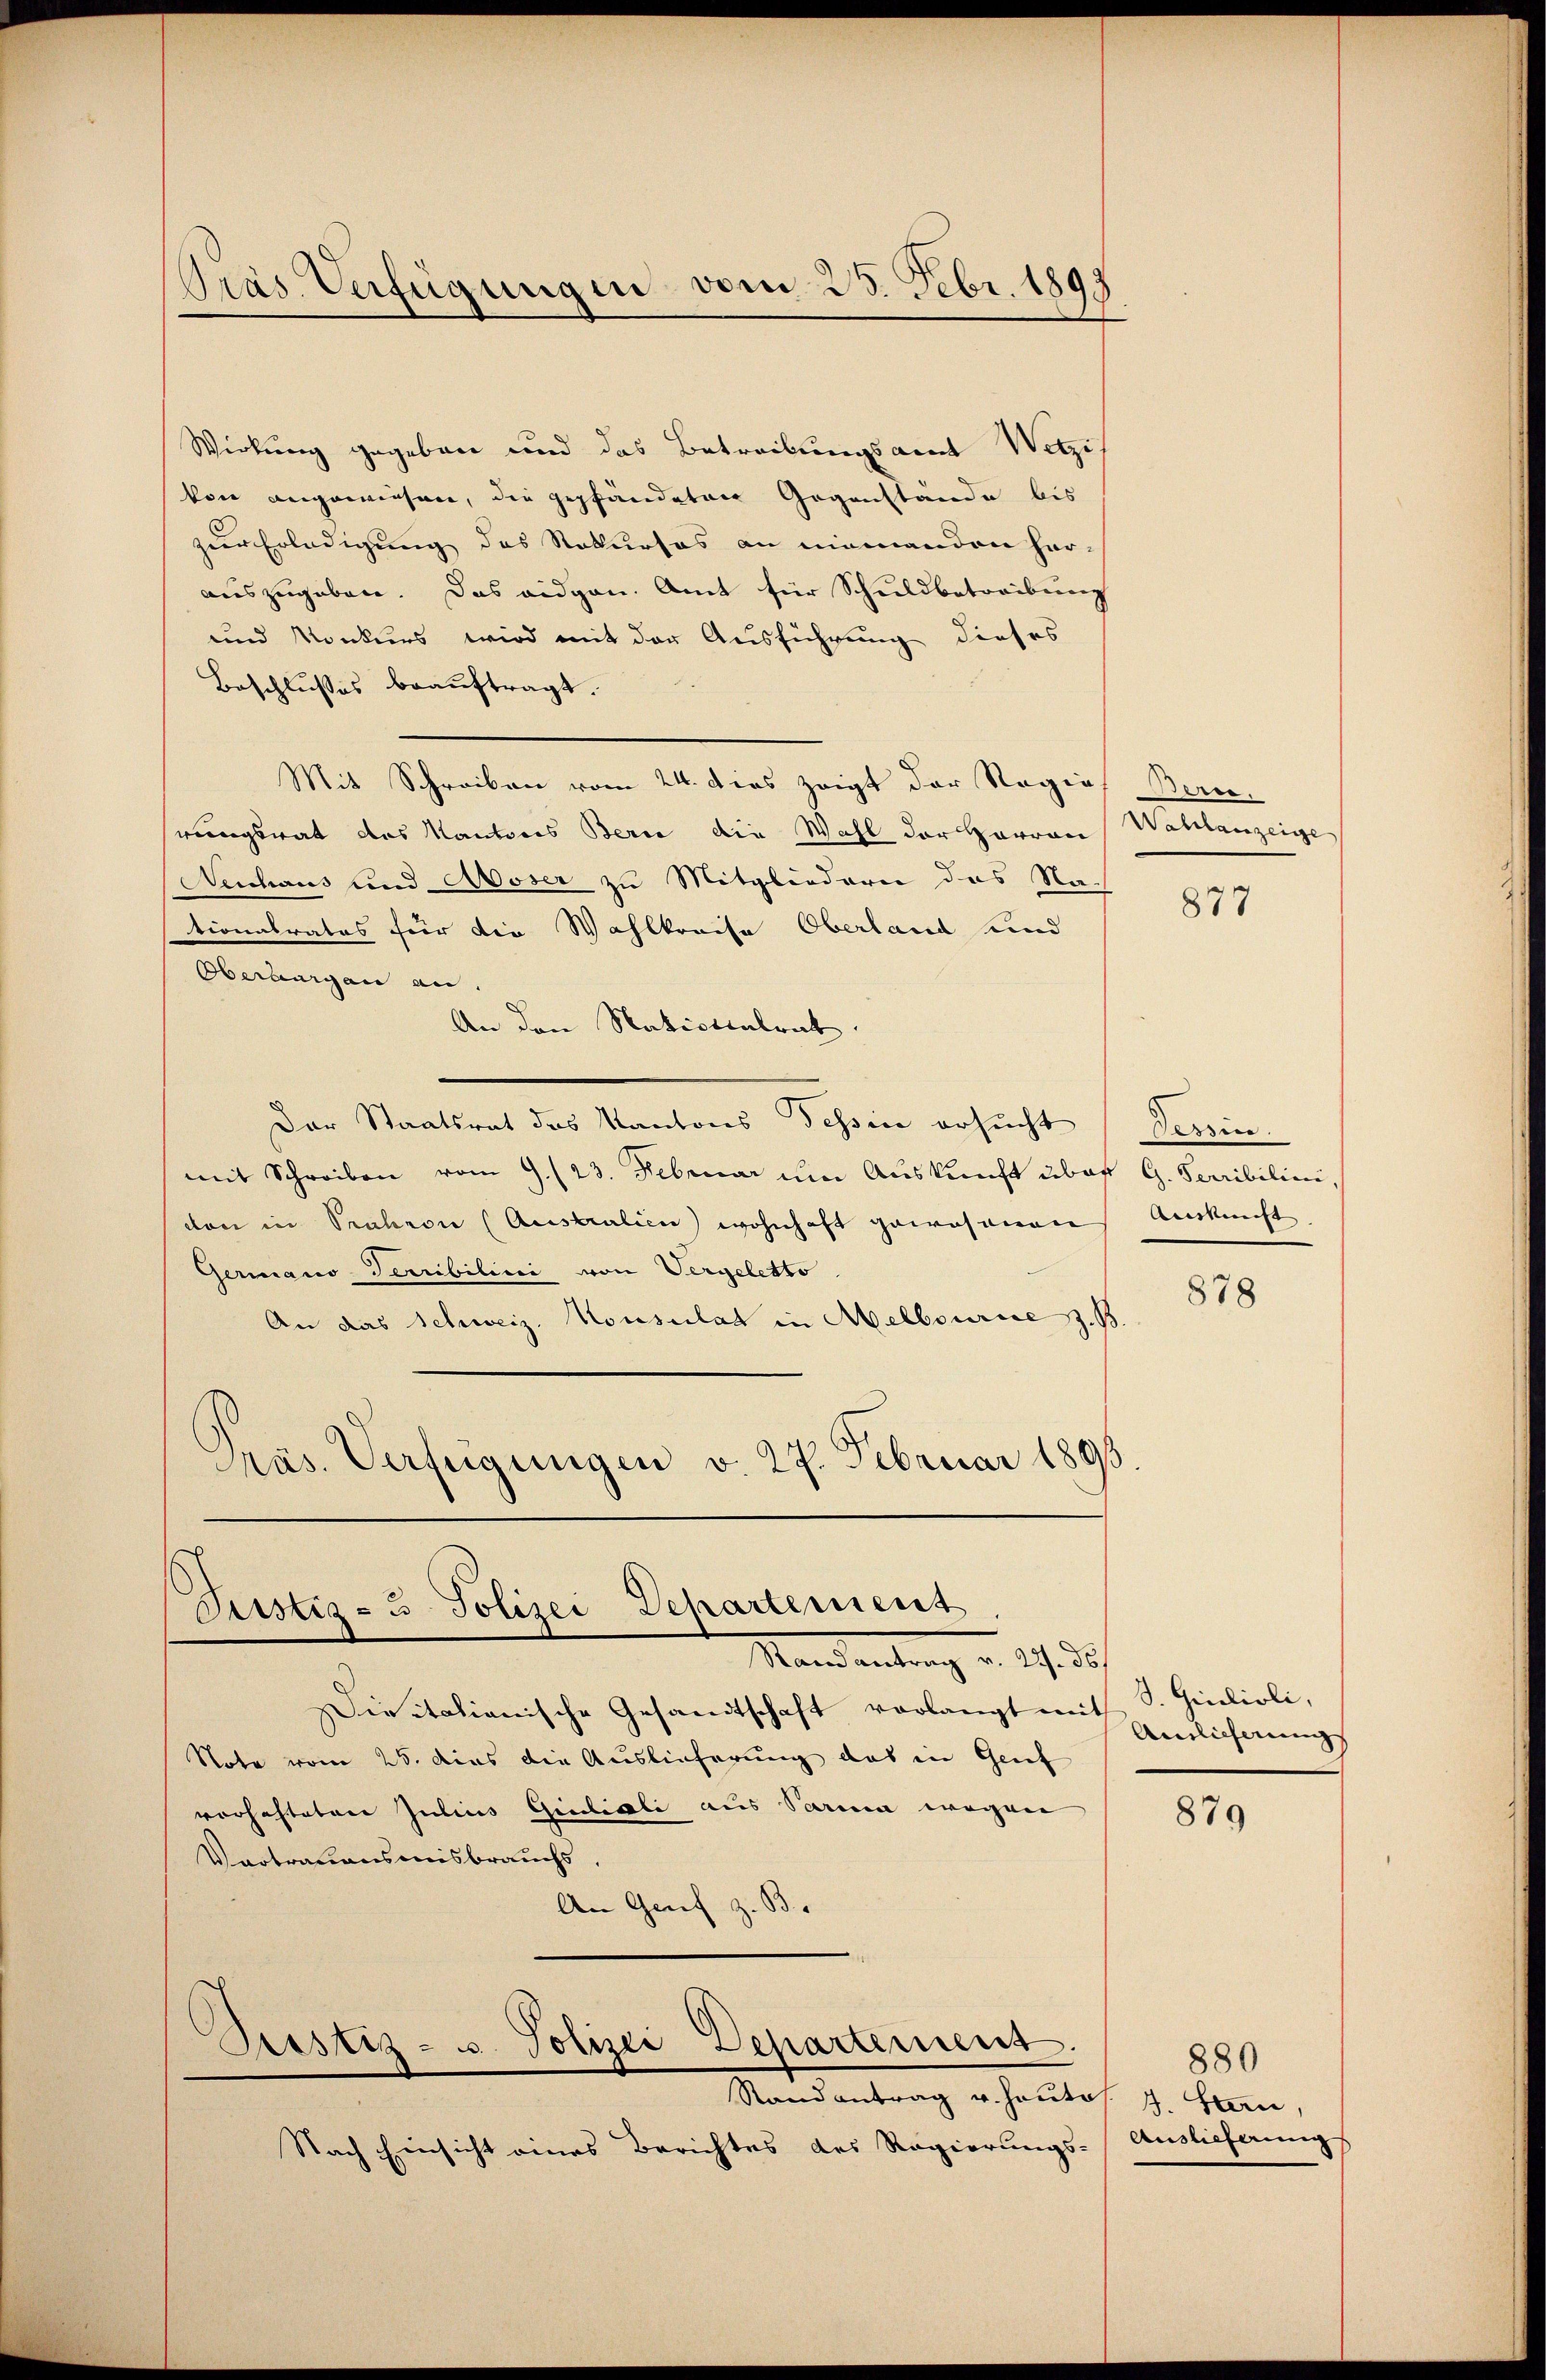
Präs. Verfügungen vom 25. Febr. 1893

Wirkung gegeben und das Betreibungsamt Wetzi
kon angewiesen, die gepfändeten Gegenstände bis
zur Erledigung des Rekurses an niemanden herauszugeben. Das eidgen. Amt für Schuldbetreibung
und Konkurs wird mit der Ausführung dieses
Beschlusses beauftragt.
Mit Schreiben vom 24. dies zeigt der Regies Bern.
rungsrat des Kantores Berne die Wahl der Herren Wahlanzeige
Neuhaus und Moser zu Mitgliedern das Nationalrates für die Wahlkreise Oberland und
Oberburgen an.
An den Nationentrat.
Der Staatsrat des Kantons Tessin ersucht (Tessin.
mit Schreiben vom 9. (23. Februar um Auskunft über G. Terribilini,
den in Prahen (Australien) wohnhaft gewesenen Auskunft
Germano-Terribilini von Vergeletto
An das Schweiz. Konsulat in Melbourie z. B.
Präs. Verfügungen v. 27. Februar 1895.

Justiz- u. Polizei-Departemens.
Sand entrag v. 24. d.

Pustiz- u. Polizei Departement.

Stand antrag u. heute
Nach Einsicht eines Berichtes des Regierungs-

Die itationische Gesandtschaft vorlangt mit S. Giulioli,
Note vom 25. das die Auslieferung das in Genf
vorhafteten Julius Giuliali aus Parmen wegene
Vertrauensmisbrauchs
An Genf z. B.

877

878

Ainlicherung

879

880
4. Stern,
Auslieferung